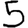
Digit: 5